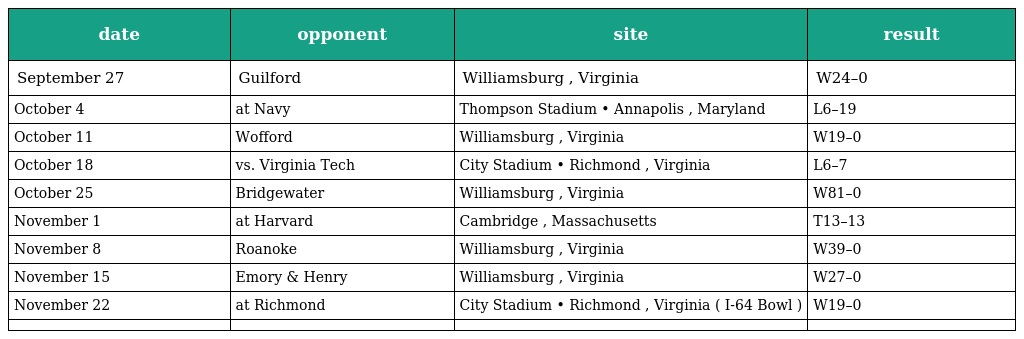
| date | opponent | site | result |
 | --- | --- | --- | --- |
 | September 27 | Guilford | Williamsburg , Virginia | W24–0 |
 | October 4 | at Navy | Thompson Stadium • Annapolis , Maryland | L6–19 |
 | October 11 | Wofford | Williamsburg , Virginia | W19–0 |
 | October 18 | vs. Virginia Tech | City Stadium • Richmond , Virginia | L6–7 |
 | October 25 | Bridgewater | Williamsburg , Virginia | W81–0 |
 | November 1 | at Harvard | Cambridge , Massachusetts | T13–13 |
 | November 8 | Roanoke | Williamsburg , Virginia | W39–0 |
 | November 15 | Emory & Henry | Williamsburg , Virginia | W27–0 |
 | November 22 | at Richmond | City Stadium • Richmond , Virginia ( I-64 Bowl ) | W19–0 |
 |  |  |  |  |